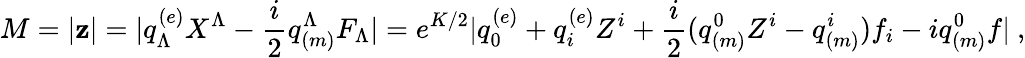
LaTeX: M=|\mathbf{z}|=|q_{\Lambda}^{(e)}X^{\Lambda}-{\frac{{i}}{{2}}}q_{(m)}^{\Lambda}F_{\Lambda}|=e^{K/2}|q_{0}^{(e)}+q_{i}^{(e)}Z^{i}+{\frac{{i}}{{2}}}(q_{(m)}^{0}Z^{i}-q_{(m)}^{i})f_{i}-iq_{(m)}^{0}f|\ ,